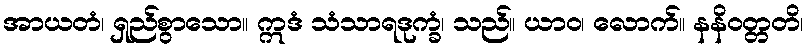
အာယတံ၊ ရှည်စွာသော။ ဣဒံ သံသာရဒုက္ခံ၊ သည်။ ယာဝ၊ လောက်။ နနိဝတ္တတိ၊